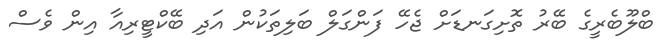
ބްލޫބެރީގެ ބޭރު ތޮށިގަނޑަށް ޖެހޭ ފަންގަލް ބަލިތަކުން އަދި ބޭކްޓީރިއާ އިން ވެސް